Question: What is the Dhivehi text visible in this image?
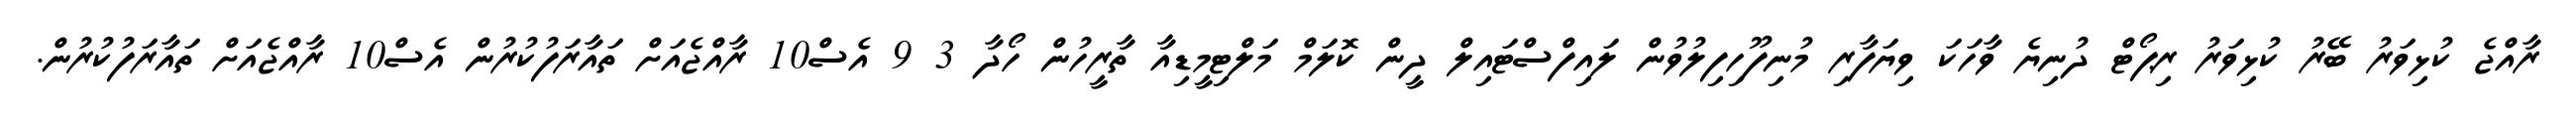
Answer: ރާއްޖެ ކުޅިވަރު ބޭރު ކުޅިވަރު ރިޕޯޓް ދުނިޔެ ވާހަކަ ވިޔަފާރި މުނިފޫހިފިލުވުން ލައިފްސްޓައިލް ދީން ކޮލަމް މަލްޓިމީޑިއާ ތާރީހުން ހޯދާ 3 9 އެސް10 ރާއްޖެއަށް ތައާރަފުކުރުން އެސް10 ރާއްޖެއަށް ތައާރަފުކުރުން.